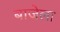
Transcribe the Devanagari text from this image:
बाजेला